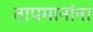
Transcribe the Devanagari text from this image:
तापमानांना